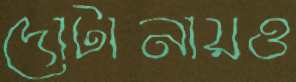
দোটানায়ও